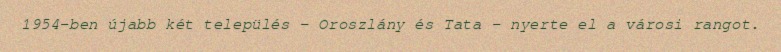
1954-ben újabb két település – Oroszlány és Tata – nyerte el a városi rangot.